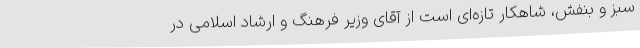
سبز و بنفش، شاهکار تازه‌ای است از آقای وزیر فرهنگ و ارشاد اسلامی در